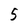
Character: 5